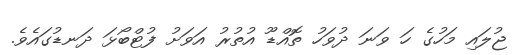
ޖުލައި މަހުގެ ހަ ވަނަ ދުވަހު ތޮއްޑޫ އުތުރު އަވަށު ފުޓްބޯޅަ ދަނޑުގައެވެ.